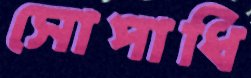
সোপাধি